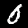
Digit: 0